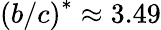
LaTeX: \left(b/c\right)^{\ast}\approx 3.49